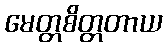
မေတ္တစိတ္တတာယ